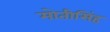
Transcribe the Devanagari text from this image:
मोतीसिंह